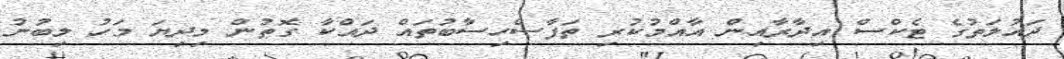
ދައުލަތުގެ ޓެކްސް އިދާރާއިން އާއްމުކުރި ތަފާސްހިސާބުތައް ދައްކާ ގޮތުން މިދިޔަ މަހު ލިބުނު